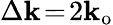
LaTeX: \Delta\mathbf{k}\! =\! 2\mathbf{k}_{\mathrm{{o}}}